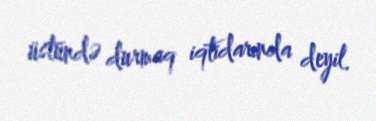
üstündə durmaq iqtidarında deyil.